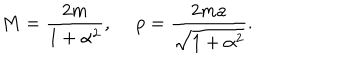
M = { \frac { 2 m } { 1 + \alpha ^ { 2 } } } , \ p = { \frac { 2 m a } { \sqrt { 1 + \alpha ^ { 2 } } } } .